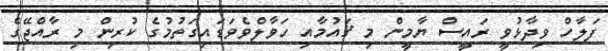
ފަލާހް ވިދާޅުވީ ރައީސް ޔާމީން މި ޤައުމާއި ހަވާލްވެވަޑައިގަތުމުގެ ކުރިން މި ރާއްޖޭގެ